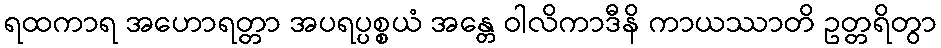
ရထကာရ အဟောရတ္တာ အပရပ္ပစ္စယံ အန္တေ ဝါလိကာဒီနိ ကာယဿာတိ ဥတ္တရိတွာ